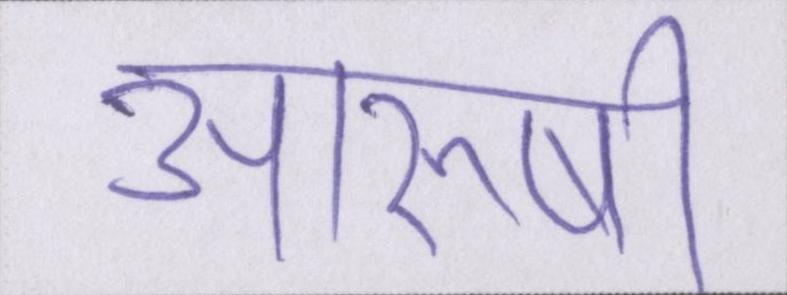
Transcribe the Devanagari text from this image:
आरुषी